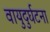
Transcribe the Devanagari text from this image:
वायुदुर्घटना